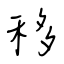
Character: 移